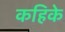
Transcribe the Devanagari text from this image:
कहिके